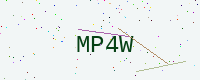
Text: MP4W